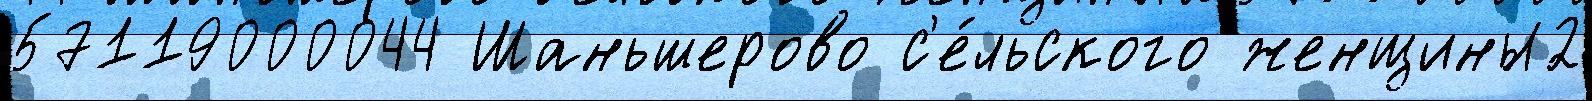
57119000044 Шаньшерово с'е́льского женщины2